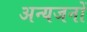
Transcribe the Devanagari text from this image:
अन्यजनों